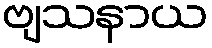
ဗျသနာယ